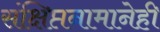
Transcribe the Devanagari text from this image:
संक्षिप्तनामानेही